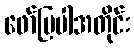
ဖော်ပြပါအတိုင်း